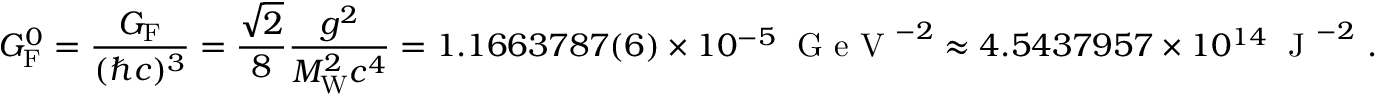
G _ { \mathrm { { F } } } ^ { 0 } = { \frac { G _ { \mathrm { { F } } } } { ( \hbar c ) ^ { 3 } } } = { \frac { \sqrt { 2 } } { 8 } } { \frac { g ^ { 2 } } { M _ { \mathrm { { W } } } ^ { 2 } c ^ { 4 } } } = 1 . 1 6 6 3 7 8 7 ( 6 ) \times 1 0 ^ { - 5 } \; { \textrm { G e V } } ^ { - 2 } \approx 4 . 5 4 3 7 9 5 7 \times 1 0 ^ { 1 4 } \; { \textrm { J } } ^ { - 2 } \ .